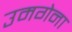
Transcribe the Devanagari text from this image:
उमगेना